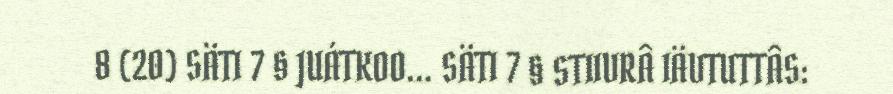
8 (20) SÄTI 7 § JUÁTKOO… SÄTI 7 § STIIVRÂ IÄVTUTTÂS: